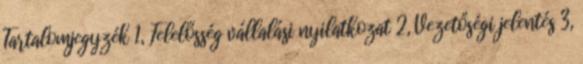
Tartalomjegyzék 1, Felelősség vállalási nyilatkozat 2, Vezetőségi jelentés 3,